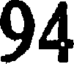
94